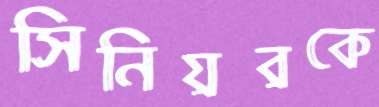
সিনিয়রকে